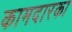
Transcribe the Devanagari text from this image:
कामदारका